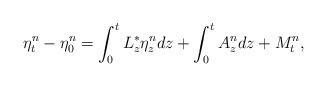
LaTeX: \begin{align*}\eta_{t}^{n} - \eta_{0}^{n} =\int_{0}^{t} L_{z}^{*}\eta_{z}^{n}dz + \int_{0}^{t} A^{n}_{z} dz + M_{t}^{n},\end{align*}